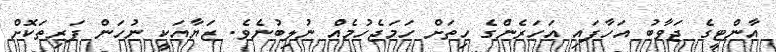
އާންޓީގެ ޖަވާބު އަހާފައި އަހަރެންގެ ހިތަށް ހަމަޖެހުމެއް ނުލިބުނެވެ. ޒަޔާއަކީ ނުހަން ފަރިތަކޮށް